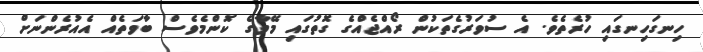
ހިނގަހިނގައި ހުރެތެވެ. އެ ސުވަރުގެތަކުން ރޯއްޖެއްގެ ގޮތުގައި މޭވާގެ ކޮންމެވެސް ބާވަތެއް އެއުރެންނަށް